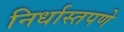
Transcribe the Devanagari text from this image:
निर्धास्तपणे